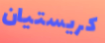
كريستيان